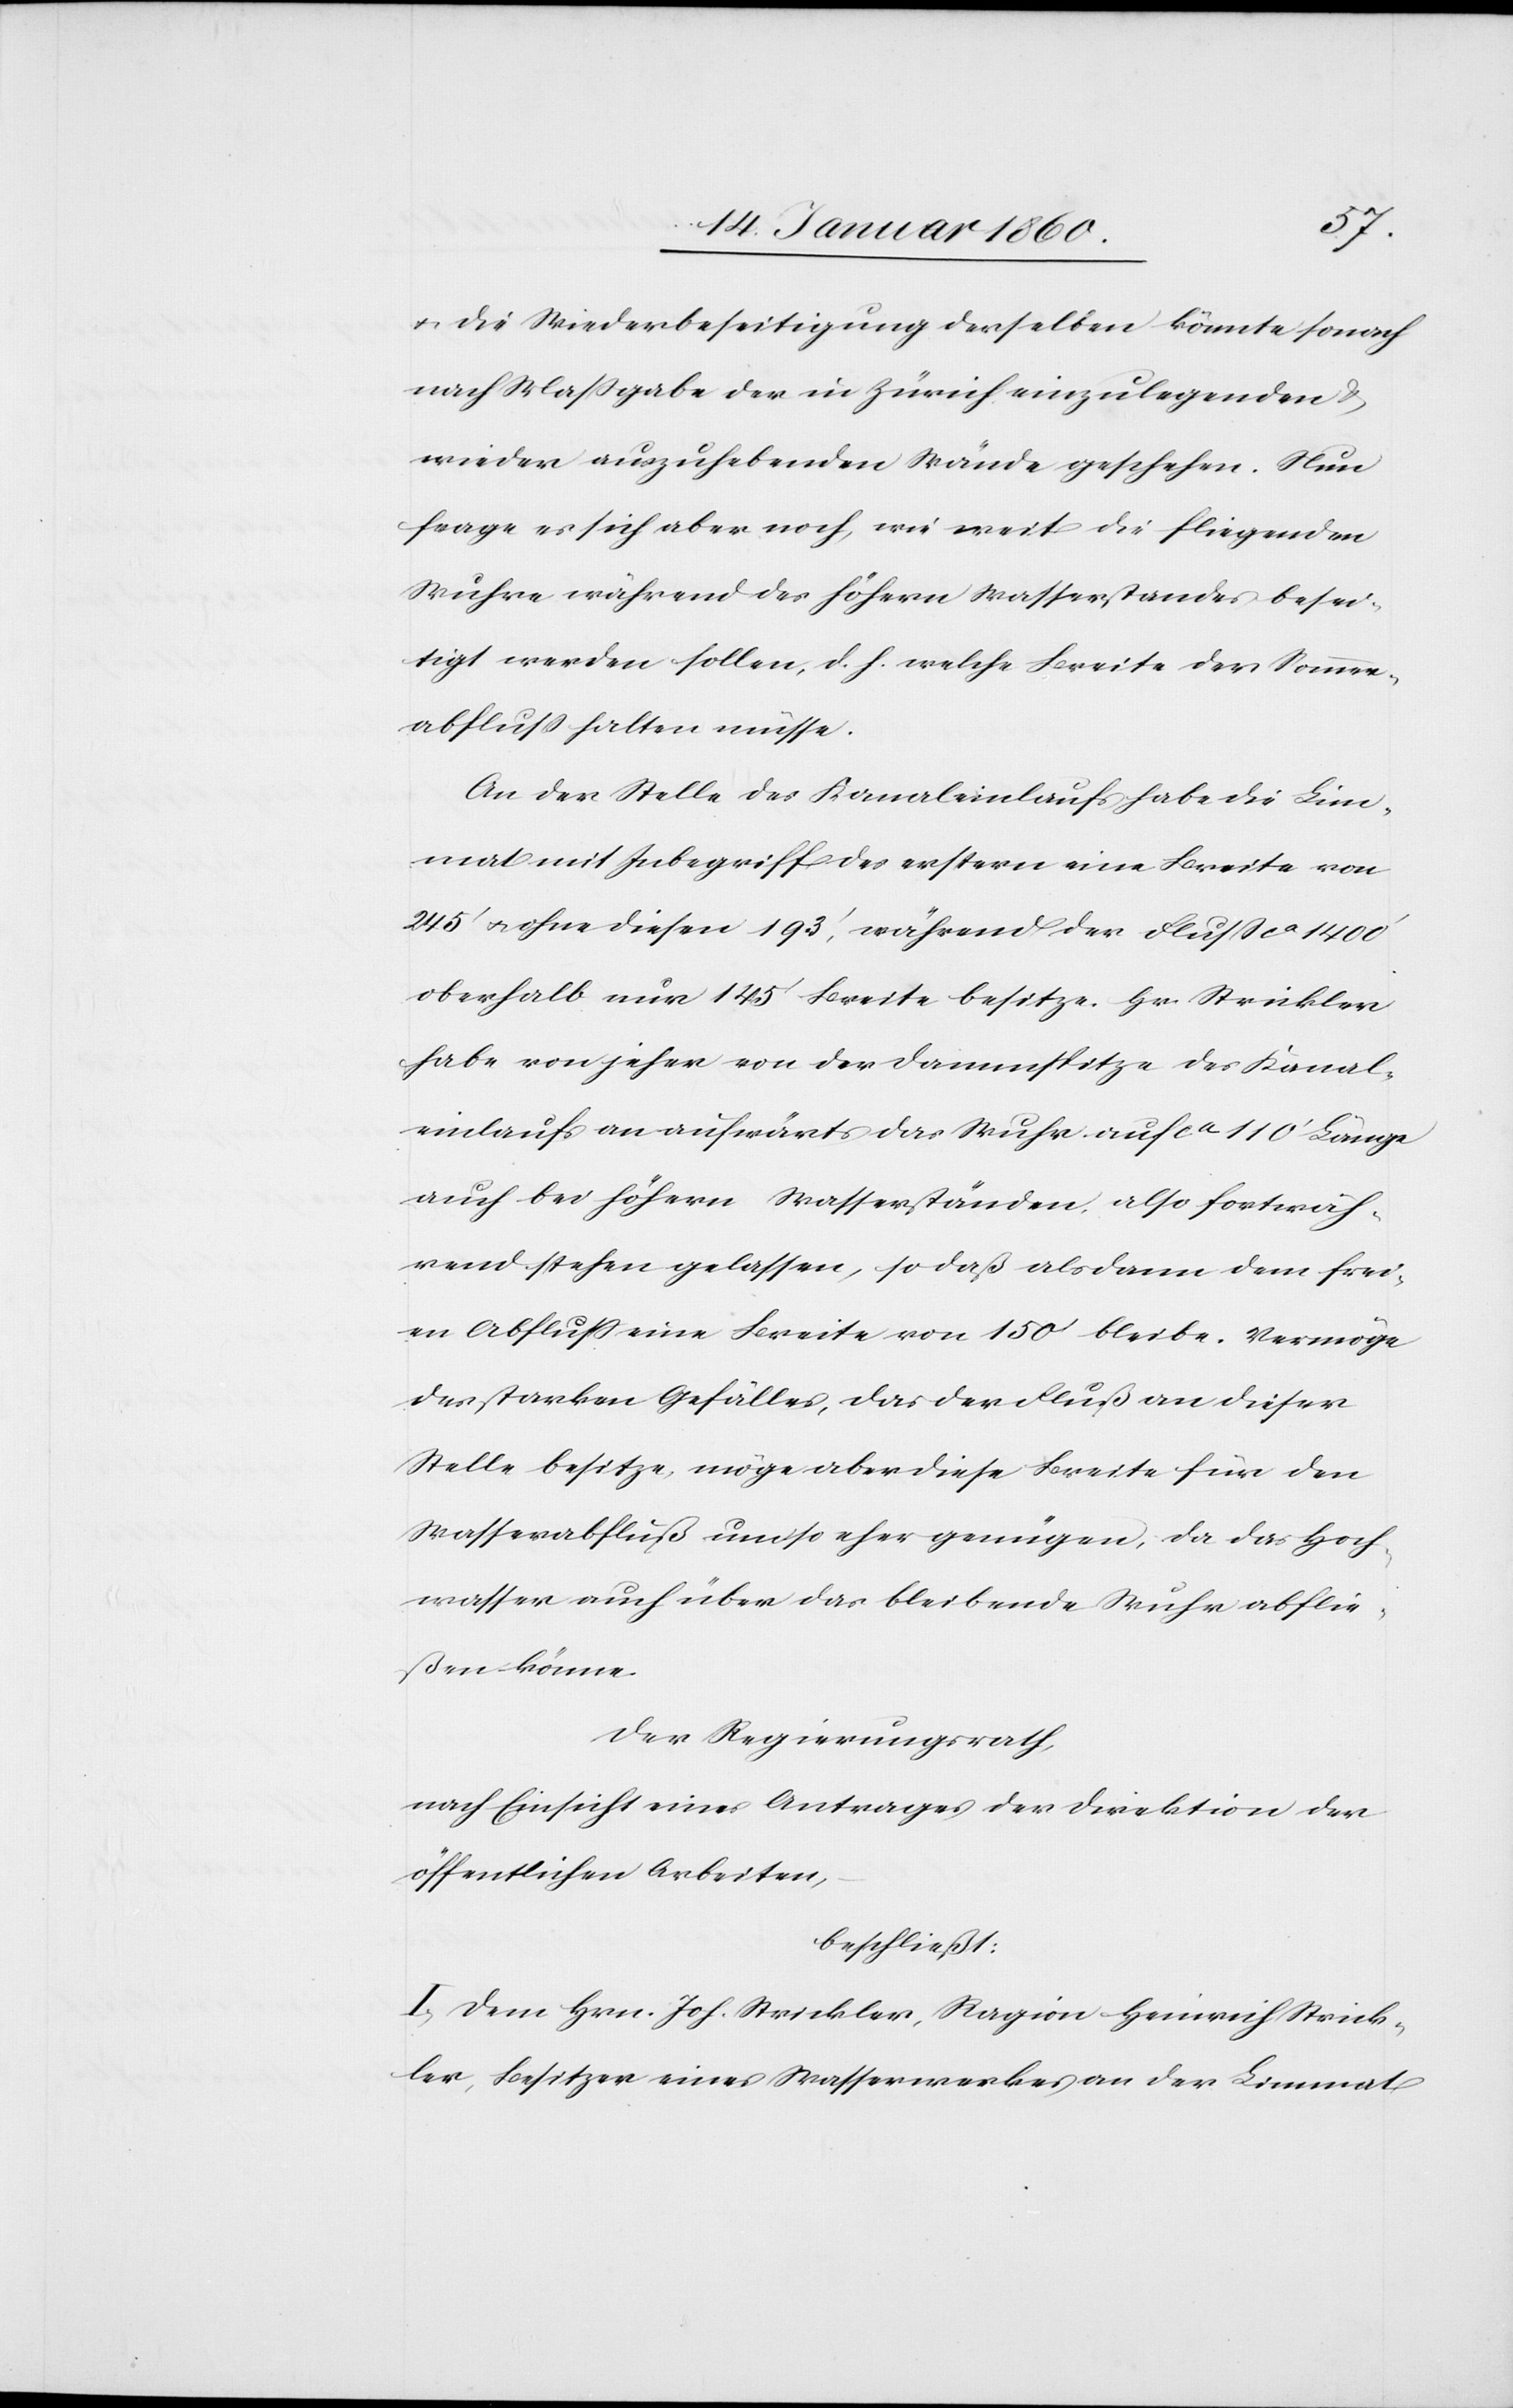
u. die Wiederbeseitigung derselben könnte sonach
nach Maßgabe der in Zürich einzulegenden u.
wieder auszuhebenden Stände geschehen. Nun
frage er sich aber noch, wie weit die fliegenden
Wuhre während des höhern Wasserstandes besei¬
tigt werden sollten, d. h. welche Breite der Sommer¬
abschluß halten müsse.
An der Stelle des Kanaleinlaufs habe die Lim¬
mat mit Inbegriff des erstern eine Breite von
245’ u. ohne diesen 193’, während der Fluß ca 1400’
oberhalb nur 145’ Breite besitze. Hr. Strickler
habe von jeher von der Dammspitze des Kanal¬
einlaufs an aufwärts das Wuhr auf ca 110’ Länge
auch bei höhern Wasserständen, also fortwäh¬
rend stehen gelassen, so daß alsdann dem frei¬
en Abfluß eine Breite von 150’ bleibe. Vermöge
des starken Gefälles, das der Fluß an dieser
Stelle besitze, möge aber diese Breite für den
Wasserabfluß umso eher genügen, da das Hoch¬
wasser auch über das bleibende Wuhr abflie¬
ßen könne
der Regierungsrath,
nach Einsicht eines Antrages der Direktion der
öffentlichen Arbeiten,
beschließt:
I. Dem Hrn. Joh. Strickler, Ragion Heinrich Strick¬
ler, Besitzer eines Wasserwerkes an der Limmat